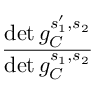
\frac { \operatorname* { d e t } g _ { C } ^ { s _ { 1 } ^ { \prime } , s _ { 2 } } } { \operatorname* { d e t } g _ { C } ^ { s _ { 1 } , s _ { 2 } } }